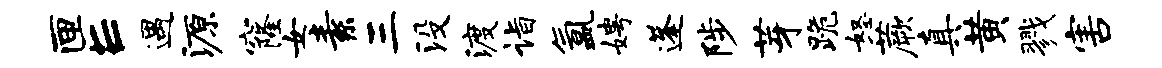
匣E遇源窿女素三没渡诣氲娉蓬陟芽跪怒蕨真黄戮害